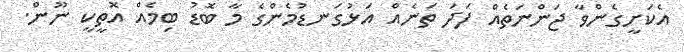
އެކަށީގެންވާ ޖަންނަތެއް ފަދަ ތަނެއް އަޅުގަނޑުމެންގެ މާ ބޮޑު ބިމެއް އޮތީކީ ނޫން.